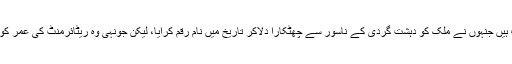
دوسری اہم مثال جنرل (ر) راحیل شریف ہیں جنہوں نے ملک کو دہشت گردی کے ناسور سے چھٹکارا دلاکر تاریخ میں نام رقم کرایا، لیکن جونہی وہ ریٹائرمنٹ کی عمر کو پہنچے انہیں بھی خدا حافظ کہہ دیا گیا ۔